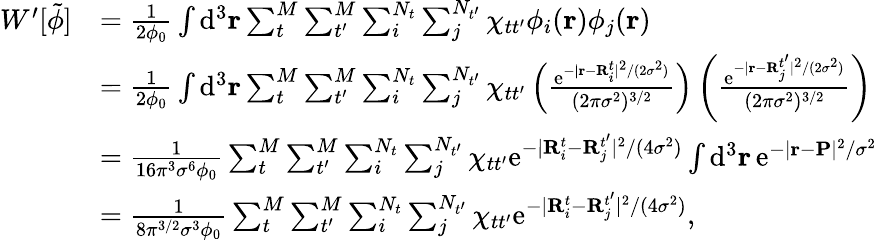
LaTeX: \begin{array}{rl}{W^{\prime}[\tilde{\phi}]}&{=\frac{1}{2\phi_{0}}\int\mathrm{d}^{3}\mathbf{r}\sum_{t}^{M}\sum_{t^{\prime}}^{M}\sum_{i}^{N_{t}}\sum_{j}^{N_{t^{\prime}}}\chi_{tt^{\prime}}\phi_{i}(\mathbf{r})\phi_{j}(\mathbf{r})}\\ &{=\frac{1}{2\phi_{0}}\int\mathrm{d}^{3}\mathbf{r}\sum_{t}^{M}\sum_{t^{\prime}}^{M}\sum_{i}^{N_{t}}\sum_{j}^{N_{t^{\prime}}}\chi_{tt^{\prime}}\left(\frac{\mathrm{e}^{-\vert\mathbf{r}-\mathbf{R}_{i}^{t}\vert^{2}/(2\sigma^{2})}}{(2\pi\sigma^{2})^{3/2}}\right)\left(\frac{\mathrm{e}^{-\vert\mathbf{r}-\mathbf{R}_{j}^{t^{\prime}}\vert^{2}/(2\sigma^{2})}}{(2\pi\sigma^{2})^{3/2}}\right)}\\ &{=\frac{1}{16\pi^{3}\sigma^{6}\phi_{0}}\sum_{t}^{M}\sum_{t^{\prime}}^{M}\sum_{i}^{N_{t}}\sum_{j}^{N_{t^{\prime}}}\chi_{tt^{\prime}}\mathrm{e}^{-\vert\mathbf{R}_{i}^{t}-\mathbf{R}_{j}^{t^{\prime}}\vert^{2}/(4\sigma^{2})}\int\mathrm{d}^{3}\mathbf{r}\, \mathrm{e}^{-\vert\mathbf{r}-\mathbf{P}\vert^{2}/\sigma^{2}}}\\ &{=\frac{1}{8\pi^{3/2}\sigma^{3}\phi_{0}}\sum_{t}^{M}\sum_{t^{\prime}}^{M}\sum_{i}^{N_{t}}\sum_{j}^{N_{t^{\prime}}}\chi_{tt^{\prime}}\mathrm{e}^{-\vert\mathbf{R}_{i}^{t}-\mathbf{R}_{j}^{t^{\prime}}\vert^{2}/(4\sigma^{2})},}\end{array}